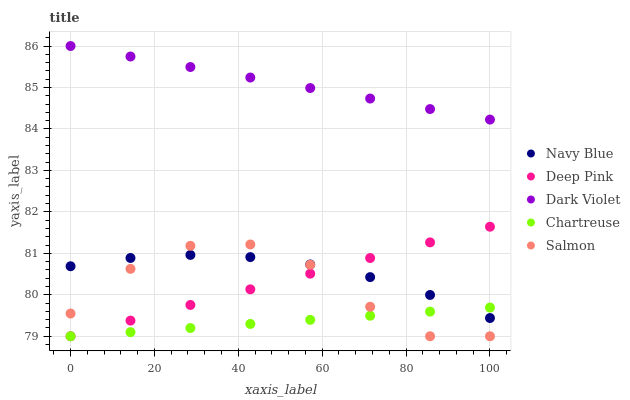
| xaxis_label | Navy Blue | Deep Pink | Dark Violet | Chartreuse | Salmon |
 | --- | --- | --- | --- | --- | --- |
 | 0 | 80.7 | 79 | 86 | 79 | 79.5 |
 | 14.3 | 80.9 | 79.4 | 85.7 | 79.1 | 80.6 |
 | 28.6 | 81 | 79.8 | 85.5 | 79.2 | 81.2 |
 | 42.9 | 80.9 | 80.1 | 85.2 | 79.3 | 81.2 |
 | 57.1 | 80.7 | 80.5 | 85 | 79.4 | 80.7 |
 | 71.4 | 80.4 | 80.9 | 84.7 | 79.5 | 79.7 |
 | 85.7 | 80 | 81.3 | 84.5 | 79.6 | 79 |
 | 100 | 79.4 | 81.6 | 84.2 | 79.7 | 79 |